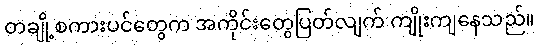
တချို့စကားပင်တွေက အကိုင်းတွေပြတ်လျက် ကျိုးကျနေသည်။